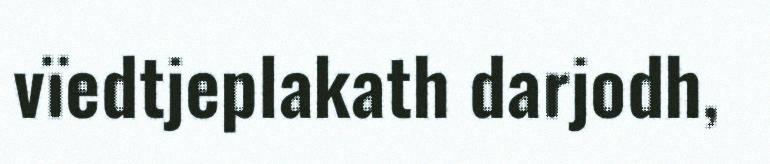
vïedtjeplakath darjodh,